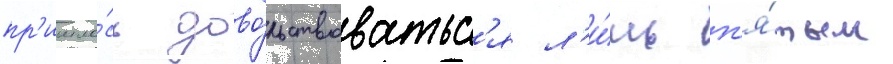
пр'ишло́сь дово́льствоватьс'я л'и́шь п'я́тым